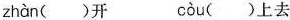
zhàn ( )开 còu ( )上去